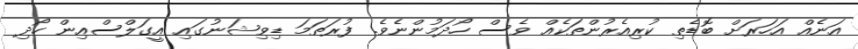
އަނެއް އަހަރަށް ބޮޑެތި ކުރިއެރުންތަކެއް ވެސް ހޯދަމުންނެވެ. ފުރަތަމަ ޑިވިޝަނުގައި އީގަލްސްއިން ހޯދި